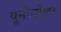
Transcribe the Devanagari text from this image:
यूनीसोलर